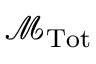
{ \mathcal { M } } _ { \mathrm { { T o t } } }